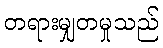
တရားမျှတမှုသည်